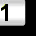
Digit: 1